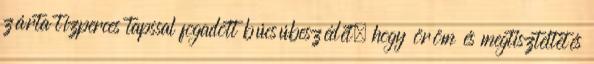
zárta tízperces tapssal fogadott búcsúbeszédét, hogy öröm és megtiszteltetés